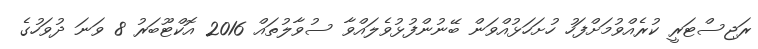
ރަޖިސްޓަރީ ކުރެއްވުމަށްފަހު ހުށަހަޅުއްވަން ބޭނުންފުޅުވެލައްވާ ސުވާލުތައް 2016 އޮކްޓޫބަރު 8 ވަނަ ދުވަހުގެ